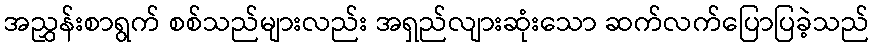
အညွှန်းစာရွက် စစ်သည်များလည်း အရှည်လျားဆုံးသော ဆက်လက်ပြောပြခဲ့သည်